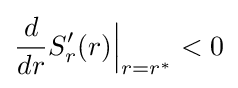
{\frac {d}{dr}}S_{r}'(r){\Big |}_{r=r^{*}}<0